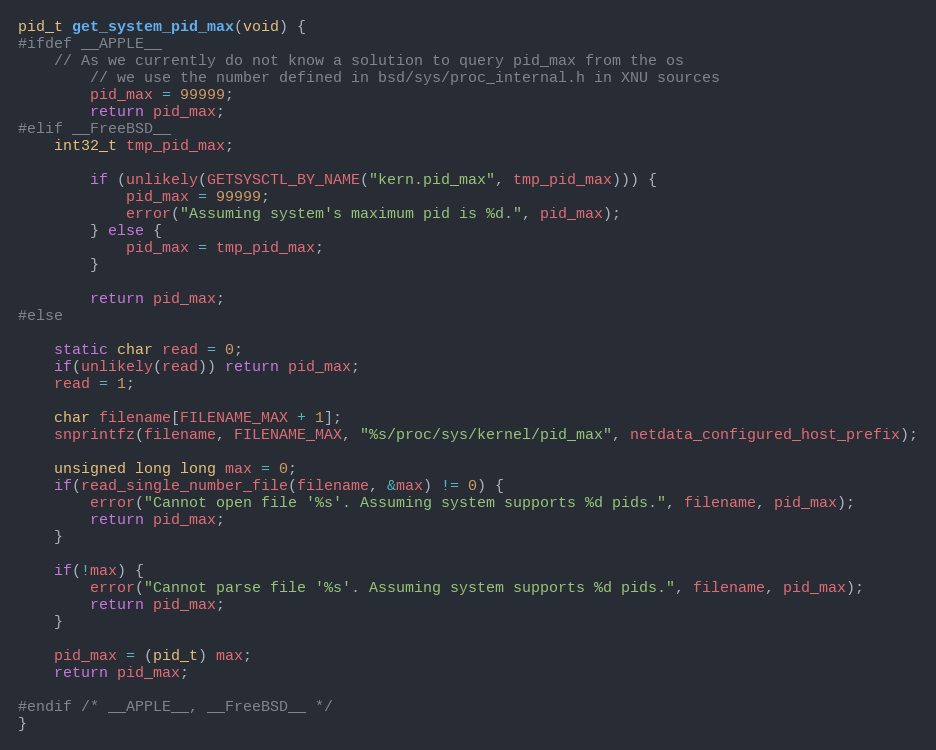
Language: C
pid_t get_system_pid_max(void) {
#ifdef __APPLE__
    // As we currently do not know a solution to query pid_max from the os
        // we use the number defined in bsd/sys/proc_internal.h in XNU sources
        pid_max = 99999;
        return pid_max;
#elif __FreeBSD__
    int32_t tmp_pid_max;

        if (unlikely(GETSYSCTL_BY_NAME("kern.pid_max", tmp_pid_max))) {
            pid_max = 99999;
            error("Assuming system's maximum pid is %d.", pid_max);
        } else {
            pid_max = tmp_pid_max;
        }

        return pid_max;
#else

    static char read = 0;
    if(unlikely(read)) return pid_max;
    read = 1;

    char filename[FILENAME_MAX + 1];
    snprintfz(filename, FILENAME_MAX, "%s/proc/sys/kernel/pid_max", netdata_configured_host_prefix);

    unsigned long long max = 0;
    if(read_single_number_file(filename, &max) != 0) {
        error("Cannot open file '%s'. Assuming system supports %d pids.", filename, pid_max);
        return pid_max;
    }

    if(!max) {
        error("Cannot parse file '%s'. Assuming system supports %d pids.", filename, pid_max);
        return pid_max;
    }

    pid_max = (pid_t) max;
    return pid_max;

#endif /* __APPLE__, __FreeBSD__ */
}